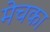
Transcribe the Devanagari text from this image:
मेचका